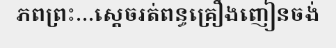
ភពព្រះ...ស្តេចរត់ពន្ធគ្រឿងញៀនចង់